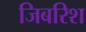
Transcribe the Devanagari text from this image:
जिबरिश